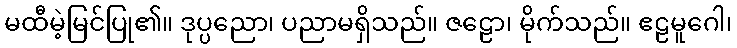
မထီမဲ့မြင်ပြု၏။ ဒုပ္ပညော၊ ပညာမရှိသည်။ ဇဠော၊ မိုက်သည်။ ဧဠမူဂေါ၊